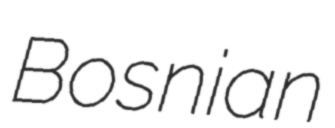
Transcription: Bosnian